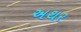
અથર